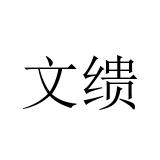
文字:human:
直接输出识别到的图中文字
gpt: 文缋